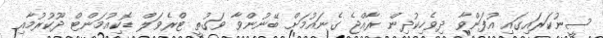
ސީނުކަރައިގައި އުފަންވާ ދިވެހިކުދިން ރާއްޖެ ގެނައުމަށް ބޭނުންވާ ވަގުތީ ޓްރެވަލް ޑޮކިއުމަންޓް ދޫކުރުމާއި